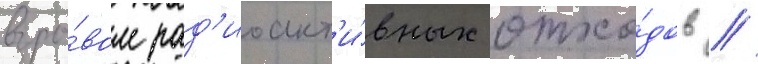
взры́вом рад'иоакт'и́вных отхо́дов //